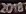
2018